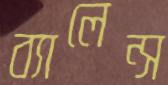
ব্যালেন্স